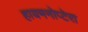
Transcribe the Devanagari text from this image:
हायमनोप्टेरा